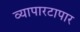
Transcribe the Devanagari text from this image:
व्यापारटापार